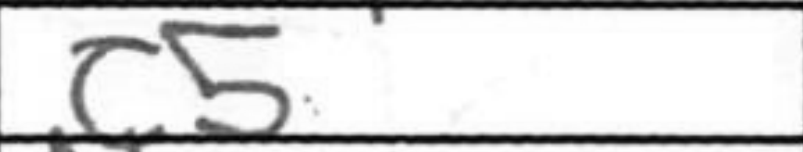
Transcription: c5